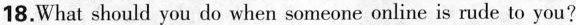
18. What should you do when someone online is rude to you?